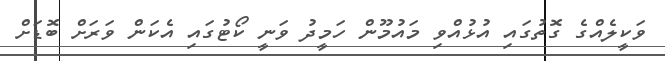
ވަކީލެއްގެ ގޮތުގައި އުޅުއްވި މައުމޫން ހަމީދު ވަނީ ކޯޓުގައި އެކަން ވަރަށް ބޮޑަށް